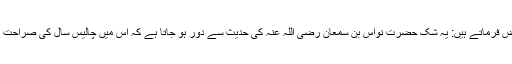
قاضی عیاض فرماتے ہیں: یہ شک حضرت نواس بن سمعان رضی اللہ عنہ کی حدیث سے دور ہو جاتا ہے کہ اس میں چالیس سال کی صراحت موجود ہے۔